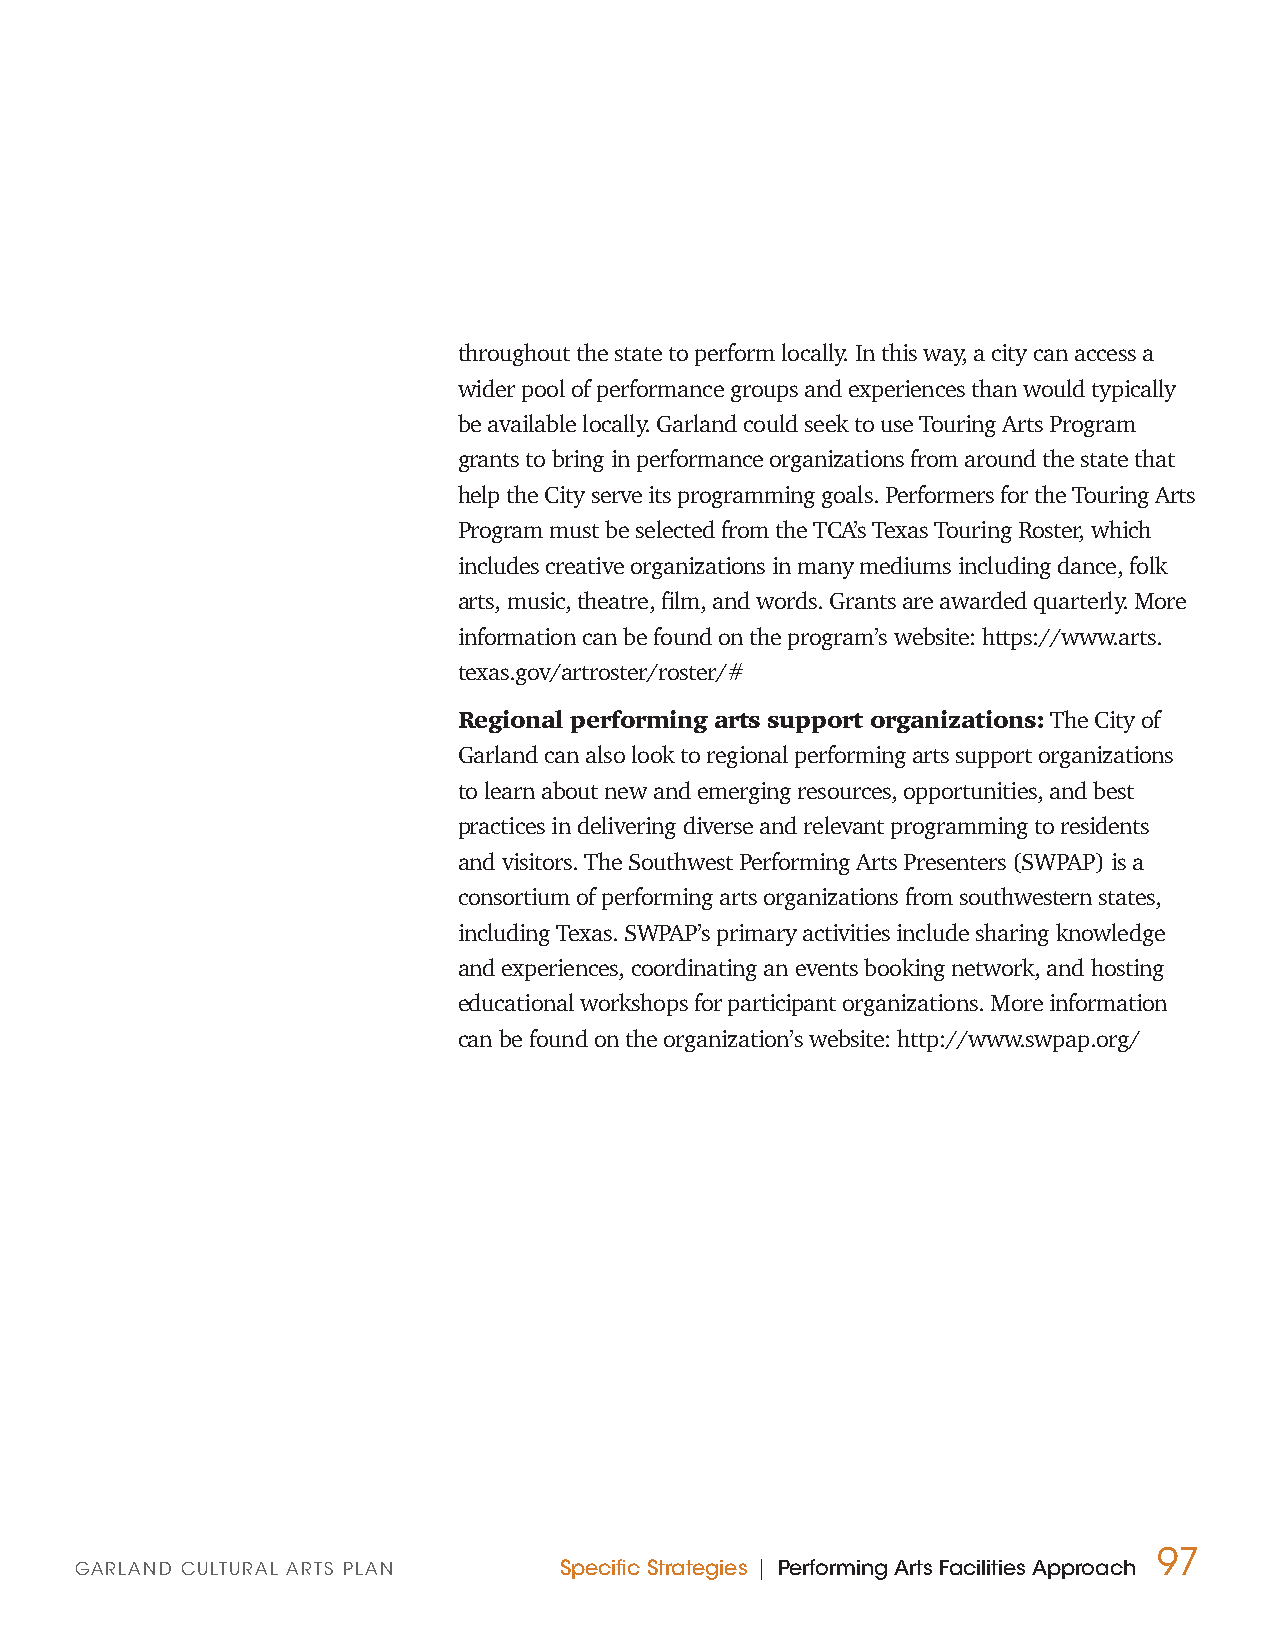
throughout the state to perform locally. In this way, a city can access a
 wider pool of performance groups and experiences than would typically
 be available locally. Garland could seek to use Touring Arts Program
 grants to bring in performance organizations from around the state that
 help the City serve its programming goals. Performers for the Touring Arts
 Program must be selected from the TCA’s Texas Touring Roster, which
 includes creative organizations in many mediums including dance, folk
 arts, music, theatre, film, and words. Grants are awarded quarterly. More
 information can be found on the program’s website: https://www.arts.
 texas.gov/artroster/roster/#
 Regional performing arts support organizations: The City of
 Garland can also look to regional performing arts support organizations
 to learn about new and emerging resources, opportunities, and best
 practices in delivering diverse and relevant programming to residents
 and visitors. The Southwest Performing Arts Presenters (SWPAP) is a
 consortium of performing arts organizations from southwestern states,
 including Texas. SWPAP’s primary activities include sharing knowledge
 and experiences, coordinating an events booking network, and hosting
 educational workshops for participant organizations. More information
 can be found on the organization’s website: http://www.swpap.org/
 97
 GARLAND CULTURAL ARTS PLAN      Specific Strategies | Performing Arts Facilities Approach